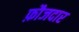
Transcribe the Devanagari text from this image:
फ़ौजदार